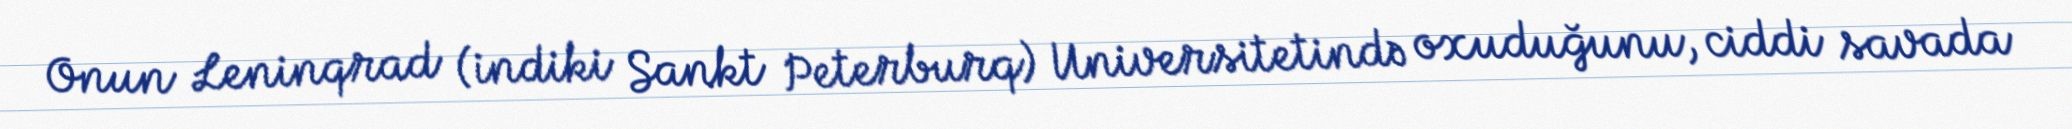
Onun Leninqrad (indiki Sankt Peterburq) Universitetində oxuduğunu, ciddi savada